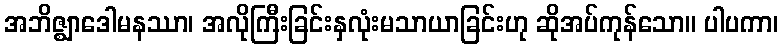
အဘိဇ္ဈာဒေါမနဿာ၊ အလိုကြီးခြင်းနှလုံးမသာယာခြင်းဟု ဆိုအပ်ကုန်သော။ ပါပကာ၊